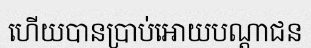
ហើយបានប្រាប់អោយបណ្តាជន